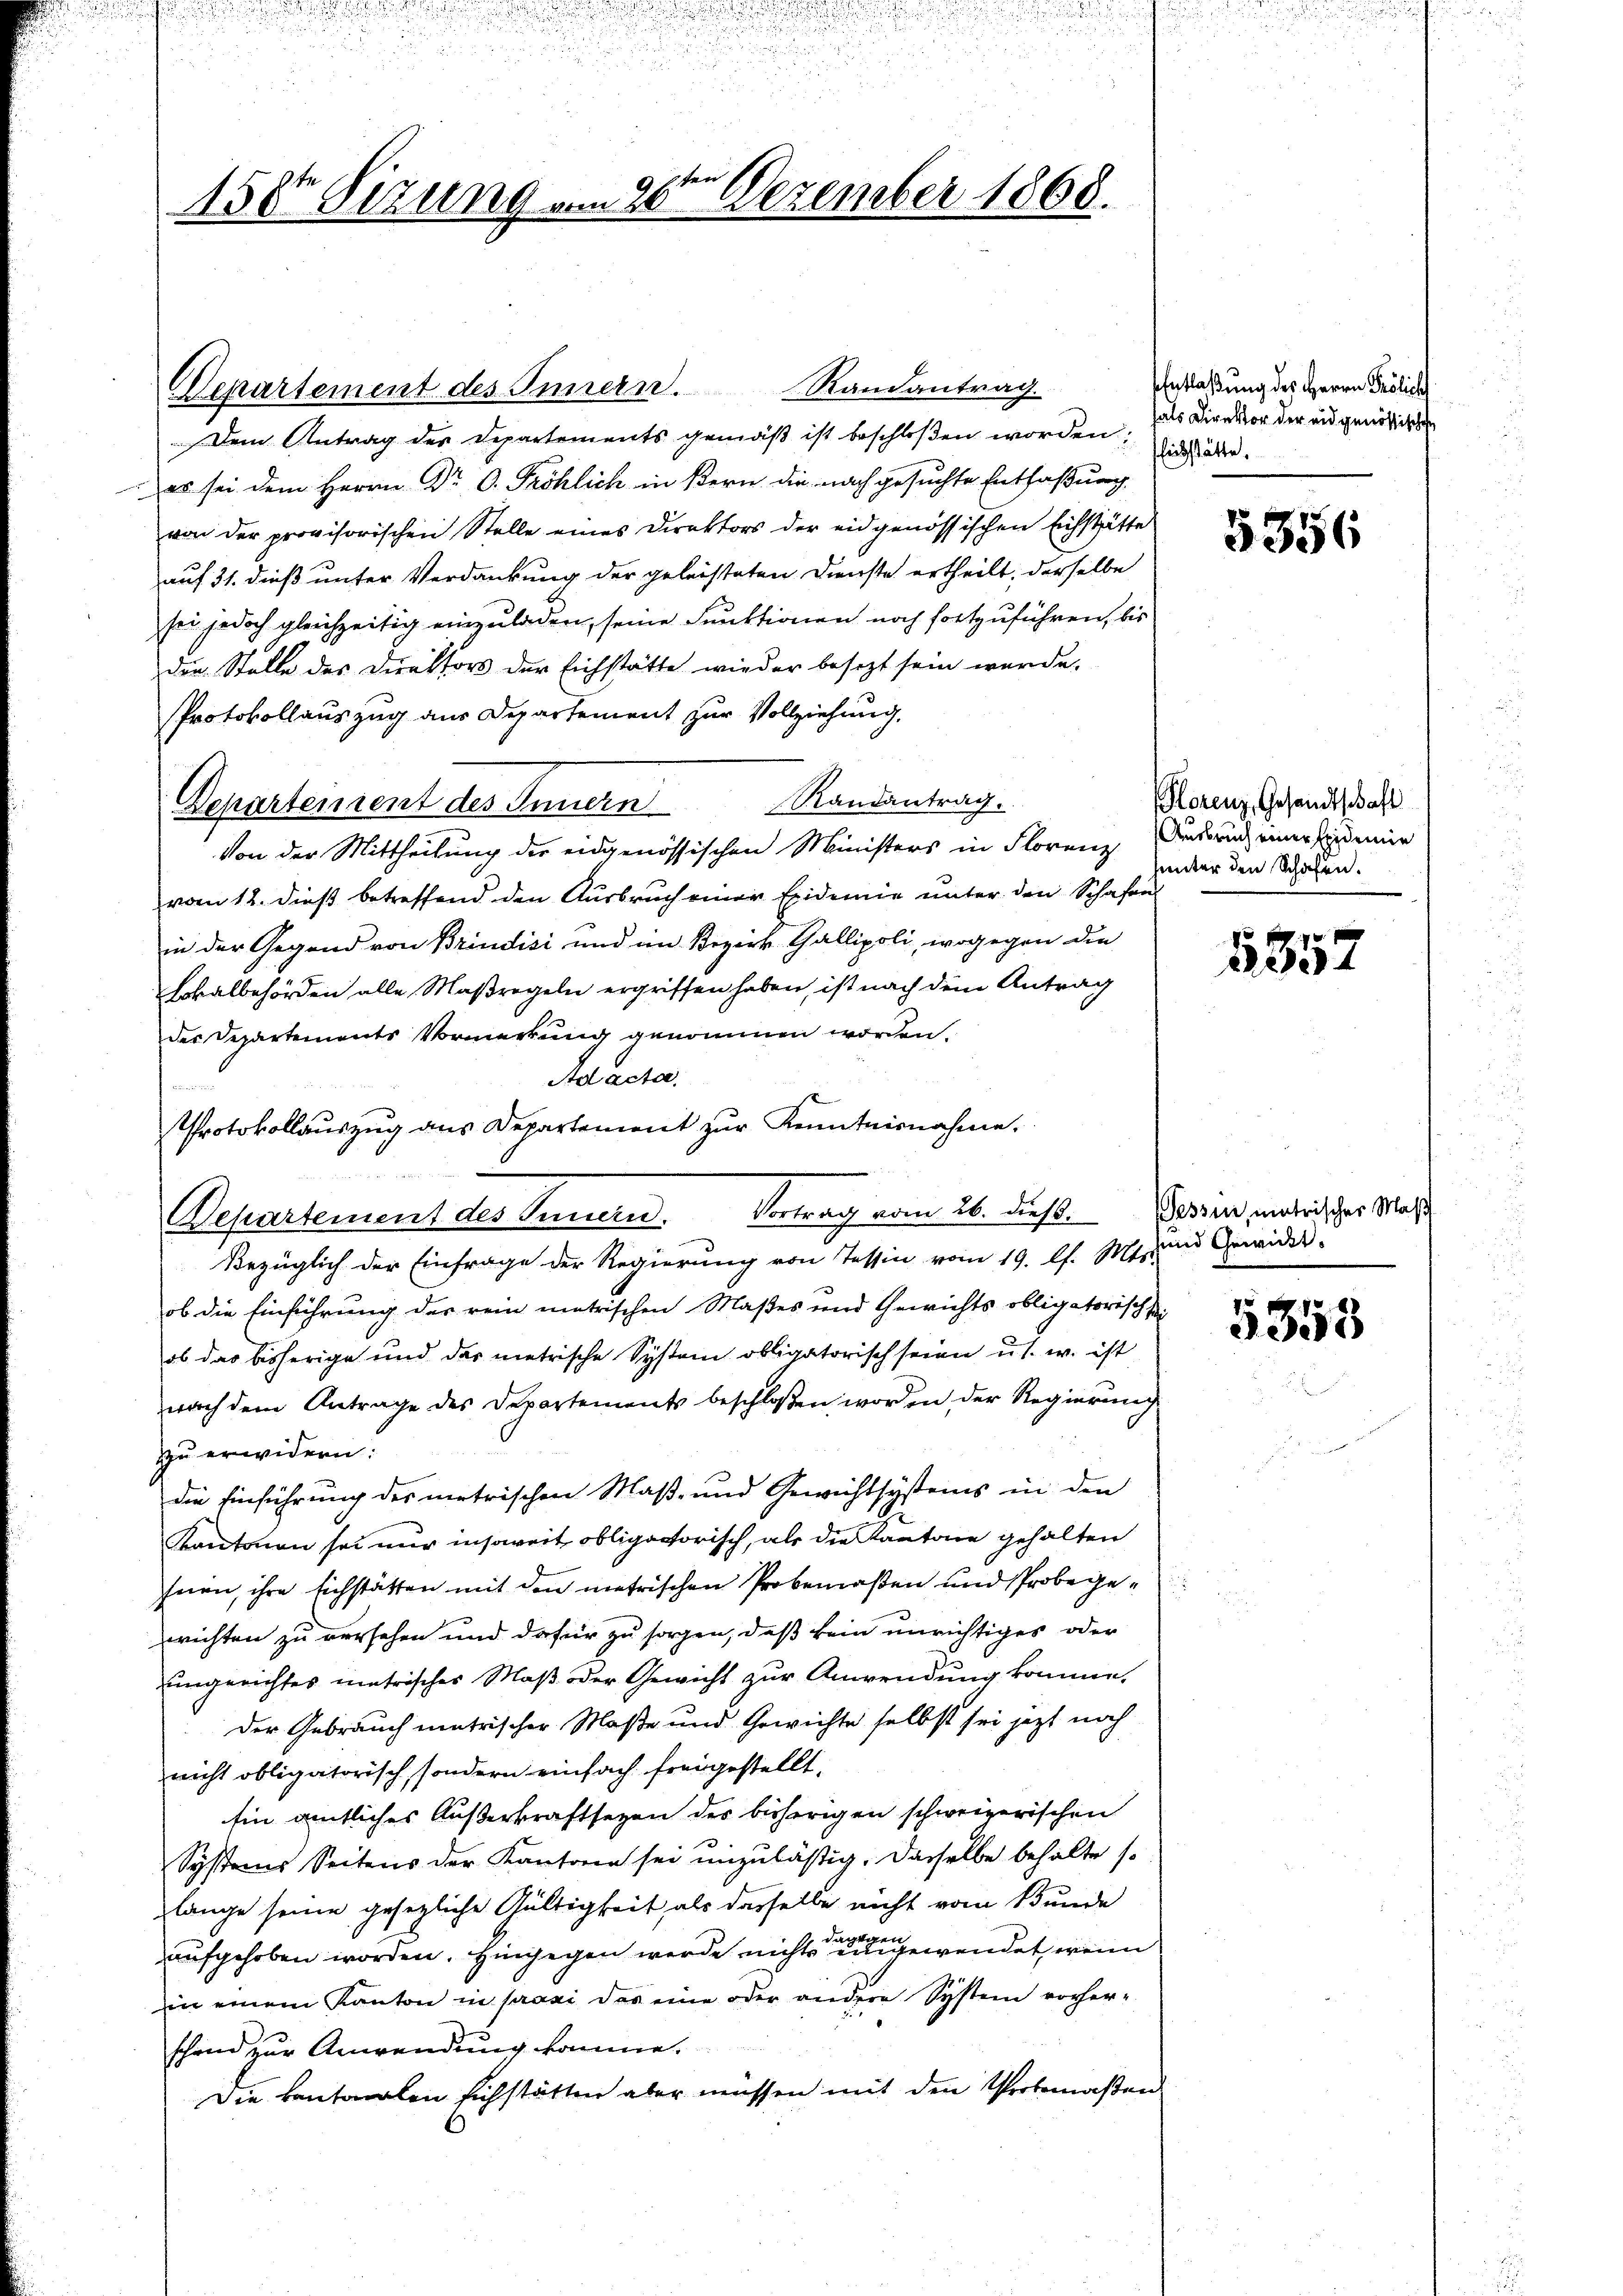
150te Sizung un

Departement des Innern. Randantrag.
Dem Antrag der Departements gemäß ist beschloßen worden; in aber
 es sei dem Herrn Dr. C. Fröhlich in Bern die nach gesuchte Entfaßung
von der provisorischen Stelle eines Direktors der eidgenössischen Eichstätte
auf 31. dieß unter Verdankung der geleisteten Dienste ertheilt, derselbe
sei jedoch gleichzeitig einzuladen, seine Funktionen noch fortzuführen, bis
den Stelle des Direktors der Eichstätte wieder besezt sein wurde.
Protokollauszug aus Departement zur Vollziehung,
Randantrag.
Departenrent des Innern
von der Mittheilung der eidgenössischen Ministers in Florenz Februch einer seidemie
vom 12. dieß betreffend den Ausbruch einer Leidemie unter den Schafen
in der Gegend von Brindisi und im Bezirk Gallipoli, wogegen die
Hokalbehörden alle Maßregeln ergriffen haben, ist nach dem Antrag
der Departements Vormerkung genommen worden.
Std acta

Protokollauszug aus Departement zur Kenntnisnahme.
Departement des Innern. Vortrag vom 26. dieß.
Bezüglich der Einfrage der Regierung von Tessin vom 19. l. Mts.
ob die Einführung der rein metrischen Maßes und Gewichts obligatorisch sei
ob das bisherige und das metrische System obligatorisch seien u. s. w. ist
nach dem Antrage des Departements beschloßen worden der Regierung
zu erwidern:
die Einführung des metrischen Maß- und Gewichtsystems in den
Kantonen sei nur insoweit obligatorisch, als die Kantone gehalten
hnen, ihre Eichstätten mit den metrischen Probemaßen und Probegewichten zu versehen und dafür zu sorgen, daß kein unrichtiges oder
ungerichtes matrischer Maß oder Gewicht zur Anwendung komme.
Der Gebrauch metrischer Maße und Gewichte selbst sei jetzt noch
nicht obligatorisch, sondern einfach freigestellt,
Ein amtliches Außerkraftsetzen des bisherigen schweizerischen
Systems Seitens der Kantone sei unzuläßig. Dasselbe behalte so
lange seine gesezliche Gültigkeit, als dasselbe nicht vom Bunde
aufgehoben worden. Eingegen werde nichts einen gewendet, wenn
in einem Kanton in prasi das eine oder andere System vorherschon zur Anwendung komme.
Die kantonalen sichstätten aber müssen mit den Probemaßen

20ten Dezember 1868.

EEntlaßung des Herrn Frölich
fals Direktor der eidgenössischen

5356

Plorenz, Gesandtschaft
unter den Schafen.

5857

Tessin, matrischer Maß
sund Gewickt.

5353